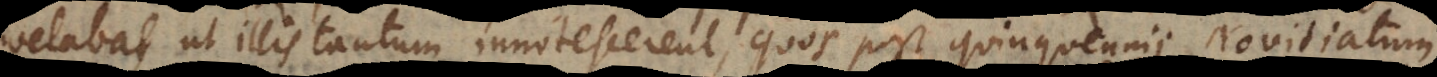
velabat, ut illis tantum innotescerent, quos post quinquennii Novitiatum